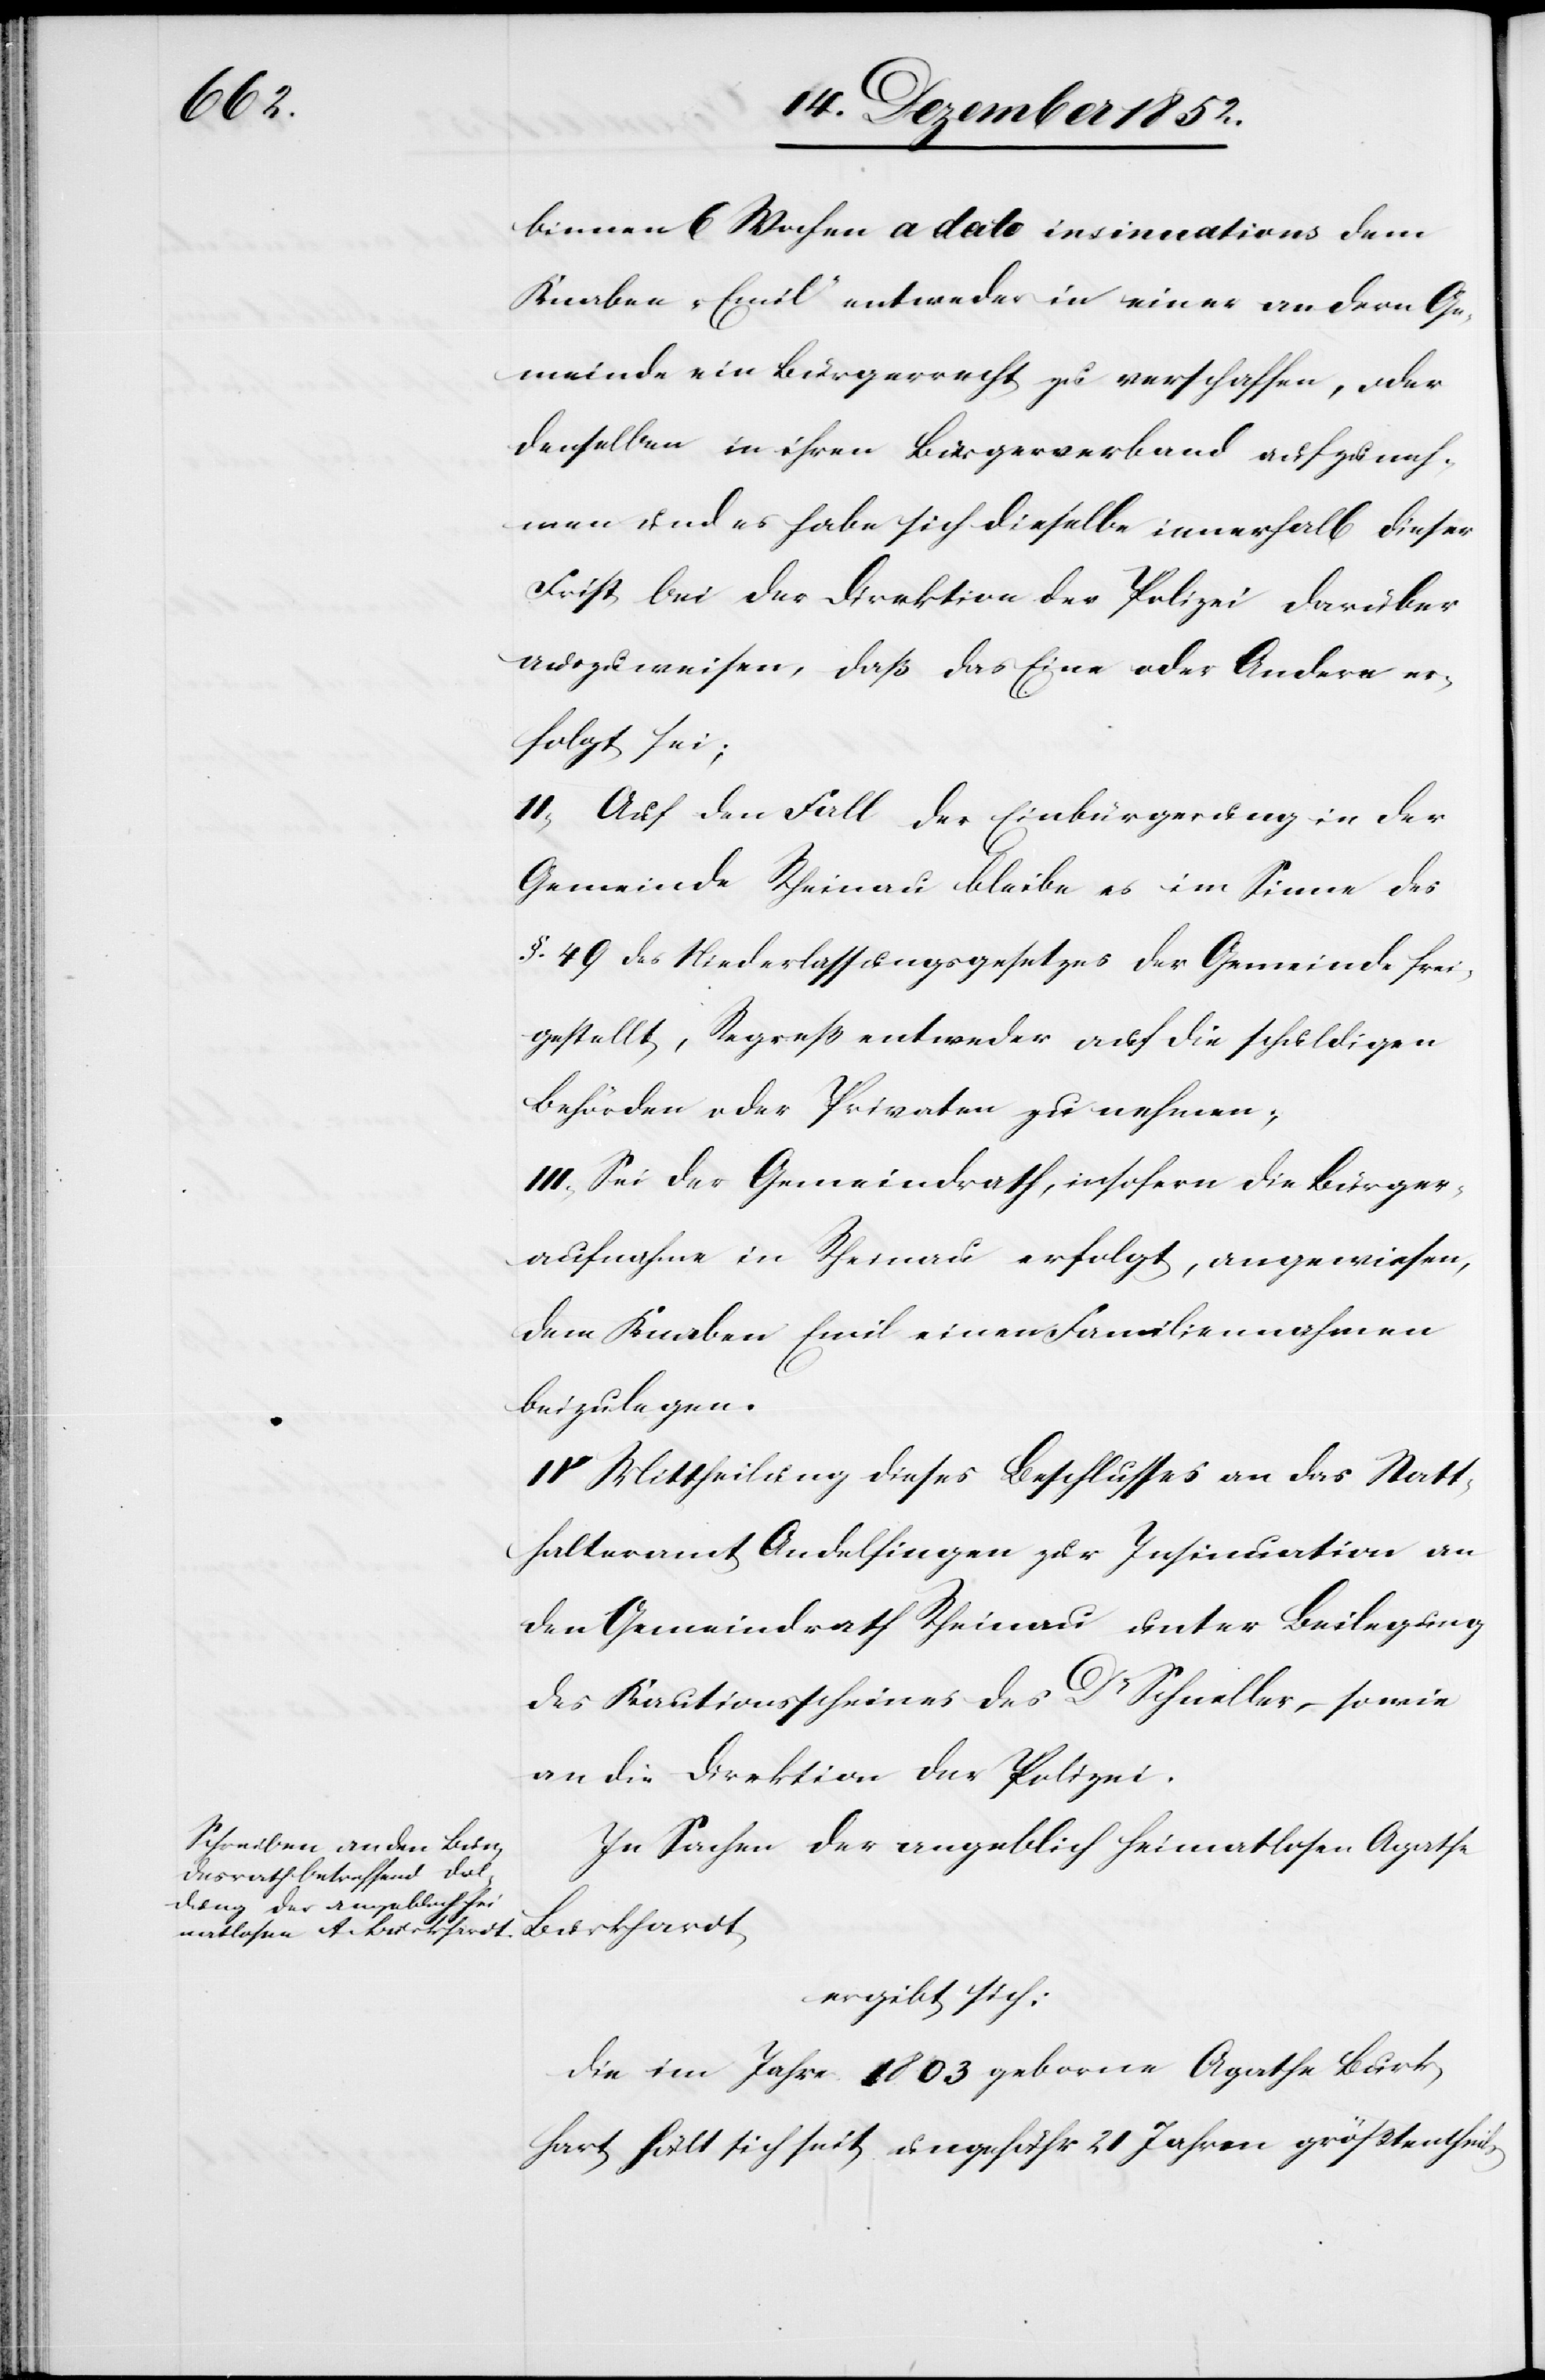
hart

binnen 6 Wochen a dato insinuation[i]s dem
Knaben „Emil“ entweder in einer andern Ge¬
meinde ein Bürgerrecht zu verschaffen, oder
denselben in ihren Bürgerverband aufzuneh¬
men und es habe sich dieselbe innerhalb dieser
Frist bei der Direktion der Polizei darüber
auszuweisen, daß das Eine oder Andere er¬
folgt sei;
II, Auf den Fall der Einbürgerung in der
Gemeinde Rheinau bleibe es im Sinne des
§. 49 des Niederlassungsgesetzes der Gemeinde frei¬
gestellt, Regreß entweder auf die schuldigen
Behörden oder Privaten zu nehmen;
III, Sei der Gemeindrath, insofern die Bürger¬
aufnahme in Rheinau erfolgt, angewiesen,
dem Knaben Emil einen Familiennahmen
beizulegen.
IV Mittheilung dieses Beschlusses an das Statt¬
halteramt Andelfingen zur Insinuation an
den Gemeindrath Rheinau unter Beilegung
des Kautionsscheines des Dr Schneller, sowie
an die Direktion der Polizei.
In Sachen der angeblich heimatlosen Agathe
Burkhardt
ergibt sich:
Die im Jahre 1803 geborne Agathe Burk¬
[sic!] hält sich seit ungefähr 21 Jahren größtentheils